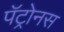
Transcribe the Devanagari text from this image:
पॅट्रोनस